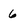
Character: 6